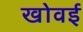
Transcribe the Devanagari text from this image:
खोवई